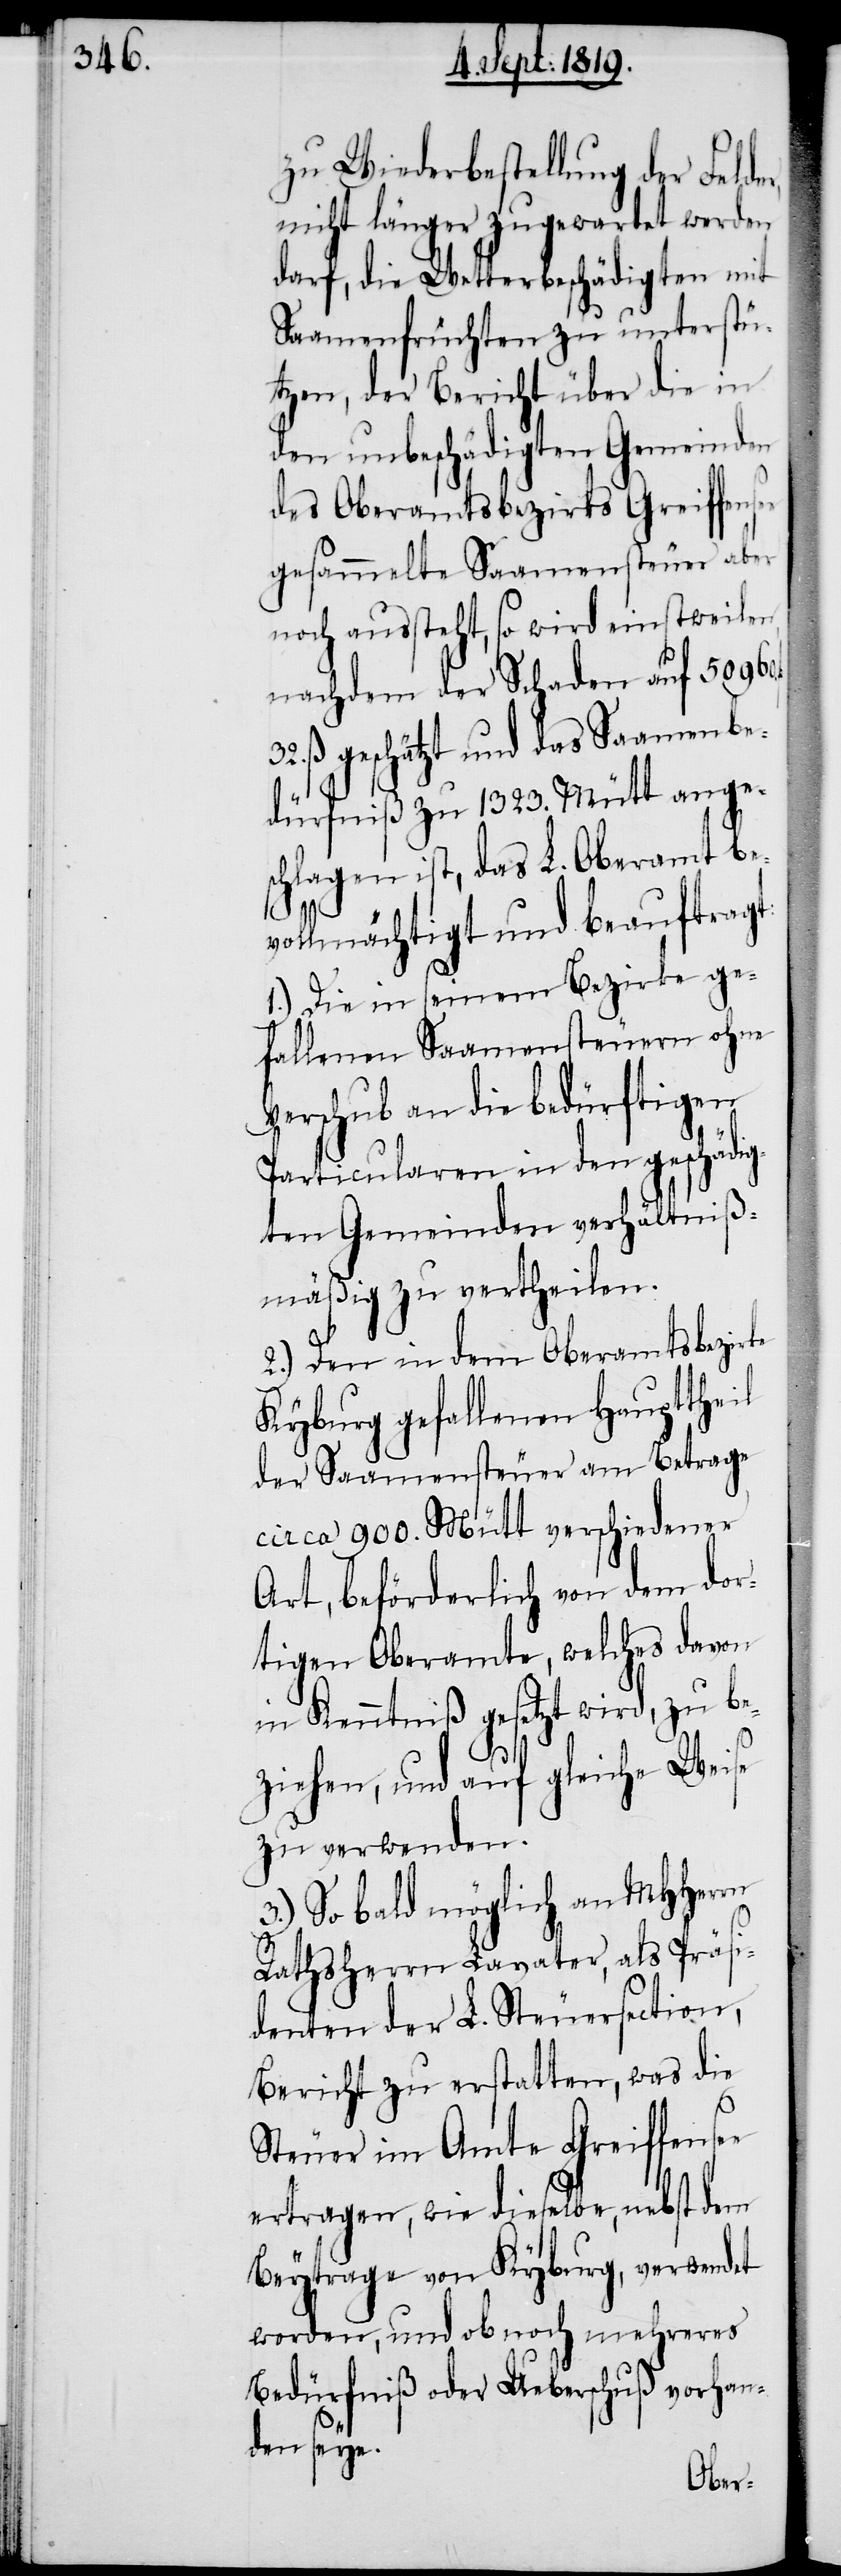
zu Wiederbestellung der Felder,
nicht länger zugewartet werden
darf, die Wetterbeschädigten mit
Saamenfrüchten zu unterstü¬
tzen, der Bericht über die in
den unbeschädigten Gemeinden
des Oberamtsbezirks Greiffensee
gesammelte Saamensteuer aber
noch aussteht, so wird einstweilen,
nachdem der Schaden auf 50960.
ß geschätzt und das Saamenbe¬
dürfniß zu 1323. Mütt anges¬
chlagen ist, das L. Oberamt be¬
vollmächtigt und beauftragt:
1.) Die in seinem Bezirke ge¬
fallenen Saamensteuern ohne
Verschub an die bedürftigen
Particularen in den geschädig¬
ten Gemeinden verhältniß¬
mäßig zu vertheilen.
2.) Den in dem Oberamtsbezirke
Kyburg gefallenen Haupttheil
der Saamensteuer am Betrage
circa 9100. Mütt verschiedener
Art, beförderlich von dem dor¬
tigen Oberamte, welches davon
in Kenntniß gesetzt wird, zu be¬
ziehen, und auf gleiche Weise
zu verwenden.
3.) So bald möglich an MHHerrn
Rathsherrn Lavater, als Präsi¬
denten der L. Steuersection,
Bericht zu erstatten, was die
Steuer im Amte Greiffensee
ertragen, wie dieselbe, nebst dem
Beytrage von Kyburg, verwendet
worden, und ob noch mehreres
Bedürfniß oder Ueberschuß vorhan¬
den seye.